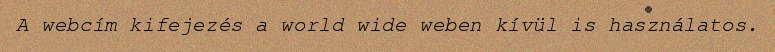
A webcím kifejezés a world wide weben kívül is használatos.